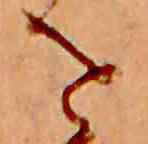
を